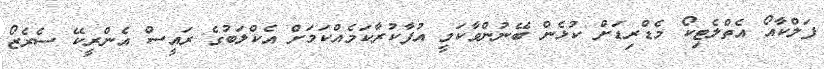
ފަލްކާއޯ އެތްލެޓިކޯ މެޑްރިޑަށް ކުޅެން ބޭނުންވާކަމީ އުފާކުރާކަމެއްކަމަށް އެކްލަބުގެ ރައީސް އެންރީކޭ ސެރެޒޯ